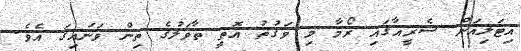
އިޓަލިއަން ސެރީއާގައި ރޯމާ މި ވަގުތު އޮތީ ތާވަލުގެ ތިން ވަނައިގަ އެވެ.